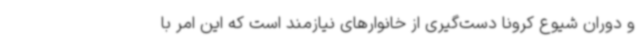
و دوران شیوع کرونا دست‌گیری از خانوارهای نیازمند است که این امر با